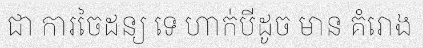
ជា ការចៃដន្យ ទេ ហាក់បីដូច មាន គំរោង